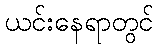
ယင်းနေရာတွင်